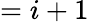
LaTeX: =i+1